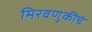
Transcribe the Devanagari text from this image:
मिरवणुकीचं